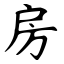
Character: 房